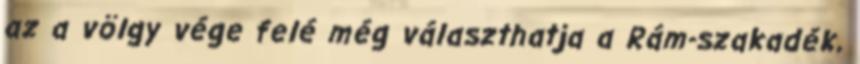
az a völgy vége felé még választhatja a Rám-szakadék,